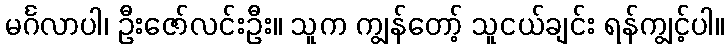
မင်္ဂလာပါ၊ ဦးဇော်လင်းဦး။ သူက ကျွန်တော့် သူငယ်ချင်း ရန်ကျွင့်ပါ။